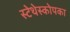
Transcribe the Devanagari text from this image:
स्टेथेस्कोपका